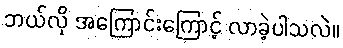
ဘယ်လို အကြောင်းကြောင့် လာခဲ့ပါသလဲ။